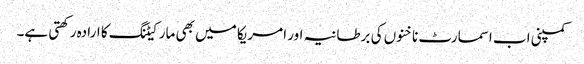
کمپنی اب اسمارٹ ناخنوں کی برطانیہ اور امریکا میں بھی مارکیٹنگ کا ارادہ رکھتی ہے۔